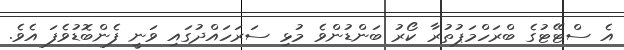
އެ ސްޓޭޓުގެ ބްރަހްމަޕުތުރާ ކޯރު ބަންޑުންވެ މުޅި ސަރަހައްދުގައި ވަނީ ފެންބޮޑުވެފަ އެވެ.